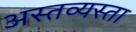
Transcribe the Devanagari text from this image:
अस्तव्यस्ता